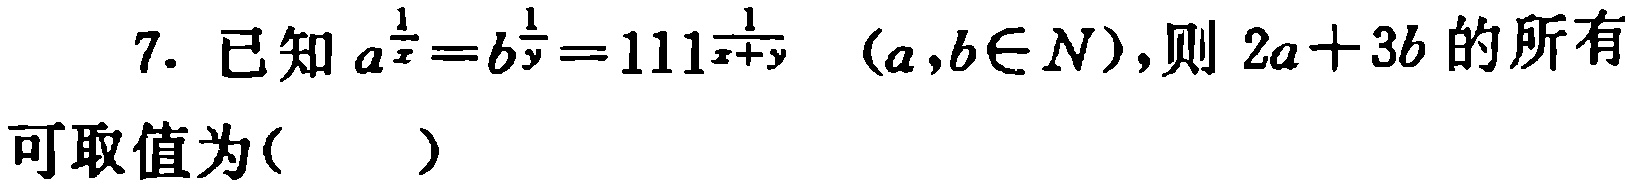
7. 已知$a^{\frac{1}{x}} = b^{\frac{1}{y}} = 111^{\frac{1}{x + y}}$ $(a,b\in N)$，则$2a + 3b$的所有可取值为( )